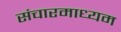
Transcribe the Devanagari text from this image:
संचारमाध्यम